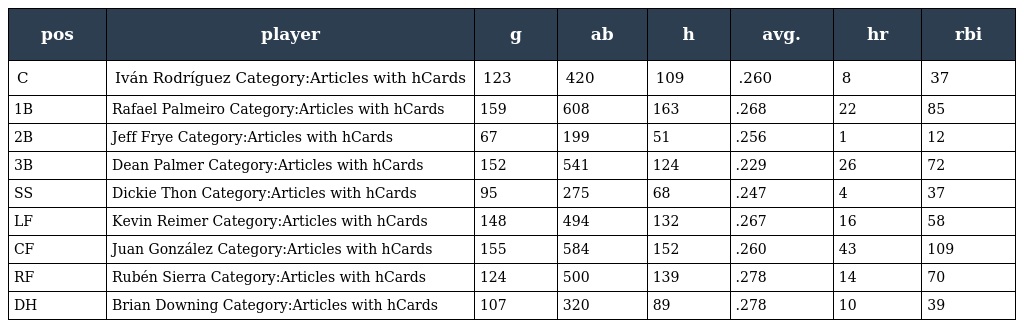
| pos | player | g | ab | h | avg. | hr | rbi |
 | --- | --- | --- | --- | --- | --- | --- | --- |
 | C | Iván Rodríguez Category:Articles with hCards | 123 | 420 | 109 | .260 | 8 | 37 |
 | 1B | Rafael Palmeiro Category:Articles with hCards | 159 | 608 | 163 | .268 | 22 | 85 |
 | 2B | Jeff Frye Category:Articles with hCards | 67 | 199 | 51 | .256 | 1 | 12 |
 | 3B | Dean Palmer Category:Articles with hCards | 152 | 541 | 124 | .229 | 26 | 72 |
 | SS | Dickie Thon Category:Articles with hCards | 95 | 275 | 68 | .247 | 4 | 37 |
 | LF | Kevin Reimer Category:Articles with hCards | 148 | 494 | 132 | .267 | 16 | 58 |
 | CF | Juan González Category:Articles with hCards | 155 | 584 | 152 | .260 | 43 | 109 |
 | RF | Rubén Sierra Category:Articles with hCards | 124 | 500 | 139 | .278 | 14 | 70 |
 | DH | Brian Downing Category:Articles with hCards | 107 | 320 | 89 | .278 | 10 | 39 |